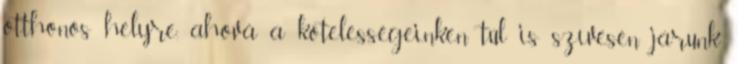
otthonos helyre, ahová a kötelességeinken túl is szívesen járunk